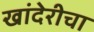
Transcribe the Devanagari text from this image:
खांदेरीचा